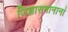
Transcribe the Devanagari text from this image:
जिज्ञासमानानां